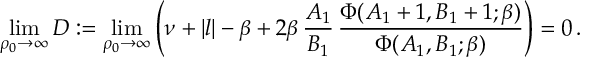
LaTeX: \operatorname * { l i m } _ { \rho _ { 0 } \rightarrow \infty } D : = \operatorname * { l i m } _ { \rho _ { 0 } \rightarrow \infty } \left( \nu + | l | - \beta + 2 \beta \, { \frac { A _ { 1 } } { B _ { 1 } } } \, { \frac { \Phi ( A _ { 1 } + 1 , B _ { 1 } + 1 ; \beta ) } { \Phi ( A _ { 1 } , B _ { 1 } ; \beta ) } } \right) = 0 \, .